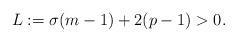
LaTeX: \begin{align*}L:=\sigma(m-1)+2(p-1)>0.\end{align*}